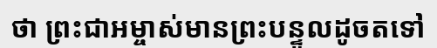
ថា ព្រះជាអម្ចាស់មានព្រះបន្ទូលដូចតទៅ